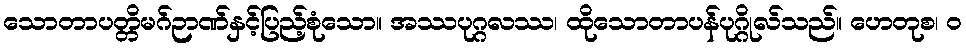
သောတာပတ္တိမဂ်ဉာဏ်နှင့်ပြည့်စုံသော။ အဿပုဂ္ဂလဿ၊ ထိုသောတာပန်ပုဂ္ဂိုလ်သည်။ ဟေတုစ၊ ဝ